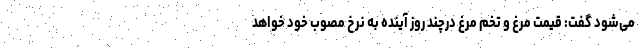
می‌شود گفت: قیمت مرغ و تخم مرغ درچند روز آینده به نرخ مصوب خود خواهد